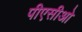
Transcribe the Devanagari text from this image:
पीएसीओ